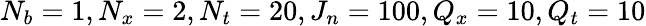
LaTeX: N_{b}=1,N_{x}=2,N_{t}=20,J_{n}=100,Q_{x}=10,Q_{t}=10